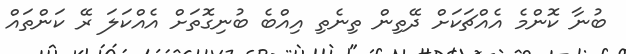
ބުނާ ކޮންމެ އެއްޗަކަށް ދޭތިން ތިނެތި އިއްބެ ބުނިގޮތަށް އެއްކަލަ ރޭ ކަންތައް